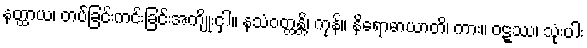
နတ္ထာယ၊ တပ်ခြင်းကင်းခြင်းအကျိုးငှါ။ နသံဝတ္တန္တိ၊ ကုန်။ နိရောဓာယာတိ၊ ကား။ ဝဋ္ဋဿ၊ သုံးပါး